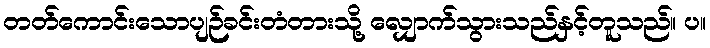
တတ်ကောင်းသောပျဉ်ခင်းတံတားသို့ လျှောက်သွားသည်နှင့်တူသည်။ ပ။